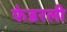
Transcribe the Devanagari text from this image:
फेडरली